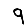
Digit: 9